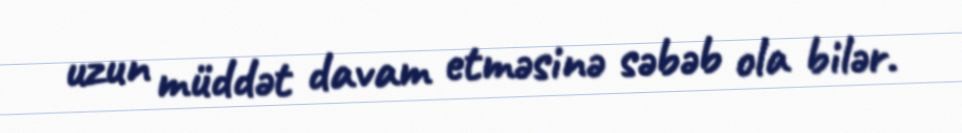
uzun müddət davam etməsinə səbəb ola bilər.